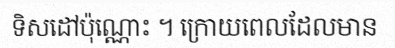
ទិសដៅប៉ុណ្ណោះ ។ ក្រោយពេលដែលមាន